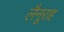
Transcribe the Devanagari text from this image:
लैनूराह